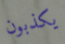
يكذبون